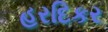
હરદિકર